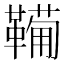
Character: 𩍁